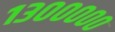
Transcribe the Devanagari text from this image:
१३०००००